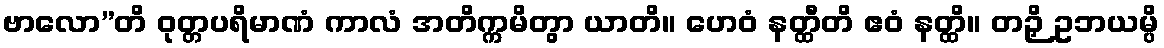
ဗာလော”တိ ဝုတ္တပရိမာဏံ ကာလံ အတိက္ကမိတွာ ယာတိ။ ဟေဝံ နတ္ထီတိ ဧဝံ နတ္ထိ။ တဉှိ ဥဘယမ္ပိ